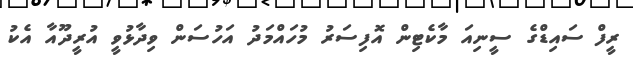
ރީފް ސައިޑްގެ ސީނިއަ މާކެޓިން އޮފިސަރު މުހައްމަދު އަހުސަން ވިދާޅުވީ އުރީދޫއާ އެކު